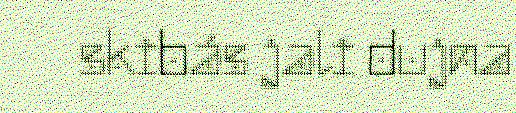
skibás jali dujna